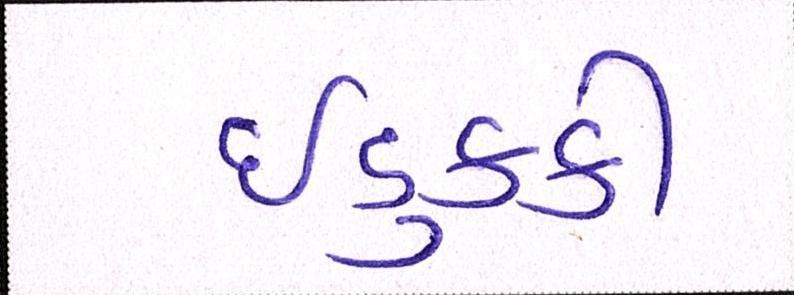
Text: ઈડુક્કી